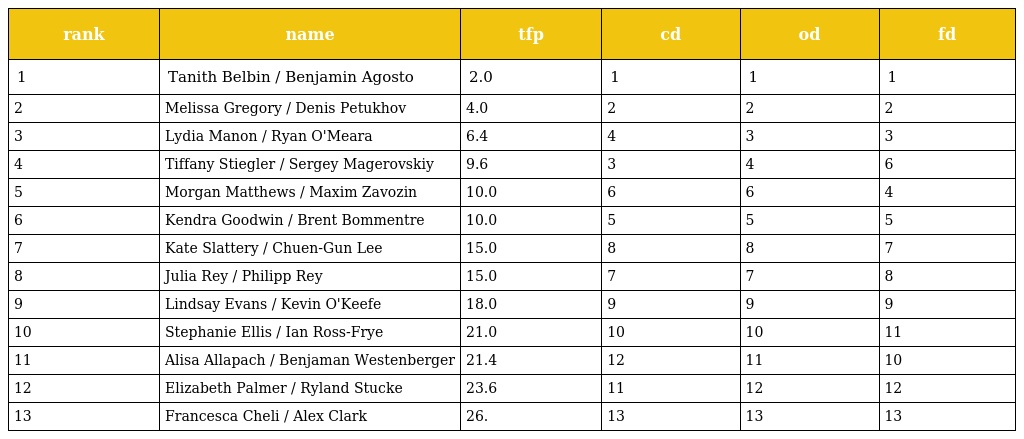
| rank | name | tfp | cd | od | fd |
 | --- | --- | --- | --- | --- | --- |
 | 1 | Tanith Belbin / Benjamin Agosto | 2.0 | 1 | 1 | 1 |
 | 2 | Melissa Gregory / Denis Petukhov | 4.0 | 2 | 2 | 2 |
 | 3 | Lydia Manon / Ryan O'Meara | 6.4 | 4 | 3 | 3 |
 | 4 | Tiffany Stiegler / Sergey Magerovskiy | 9.6 | 3 | 4 | 6 |
 | 5 | Morgan Matthews / Maxim Zavozin | 10.0 | 6 | 6 | 4 |
 | 6 | Kendra Goodwin / Brent Bommentre | 10.0 | 5 | 5 | 5 |
 | 7 | Kate Slattery / Chuen-Gun Lee | 15.0 | 8 | 8 | 7 |
 | 8 | Julia Rey / Philipp Rey | 15.0 | 7 | 7 | 8 |
 | 9 | Lindsay Evans / Kevin O'Keefe | 18.0 | 9 | 9 | 9 |
 | 10 | Stephanie Ellis / Ian Ross-Frye | 21.0 | 10 | 10 | 11 |
 | 11 | Alisa Allapach / Benjaman Westenberger | 21.4 | 12 | 11 | 10 |
 | 12 | Elizabeth Palmer / Ryland Stucke | 23.6 | 11 | 12 | 12 |
 | 13 | Francesca Cheli / Alex Clark | 26. | 13 | 13 | 13 |